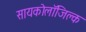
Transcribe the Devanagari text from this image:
सायकोलाॅजिक्ल